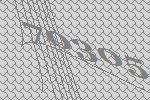
70305